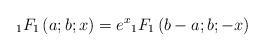
\begin{align*} {}_1F_1\left(a;b;x\right) = e^x{}_1F_1\left(b-a;b;-x\right) \end{align*}